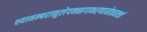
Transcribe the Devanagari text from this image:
श्यामम्बरानुलेपनस्रगाभरणामेकवक्त्रां